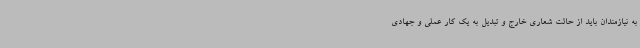
به نیازمندان باید از حالت شعاری خارج و تبدیل به یک کار عملی و جهادی